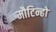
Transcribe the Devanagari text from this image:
मौटिन्हो